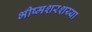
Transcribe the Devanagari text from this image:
भीष्मशरशय्या